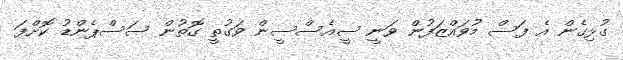
ގުޅިގެން އެ ފަސް މުވައްޒަފުން ވަނީ ސީއެސްސީން ވަގުތީ ގޮތުން ސަސްޕެންޑު ކޮށްފަ